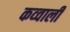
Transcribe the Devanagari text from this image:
कव्‍वाली